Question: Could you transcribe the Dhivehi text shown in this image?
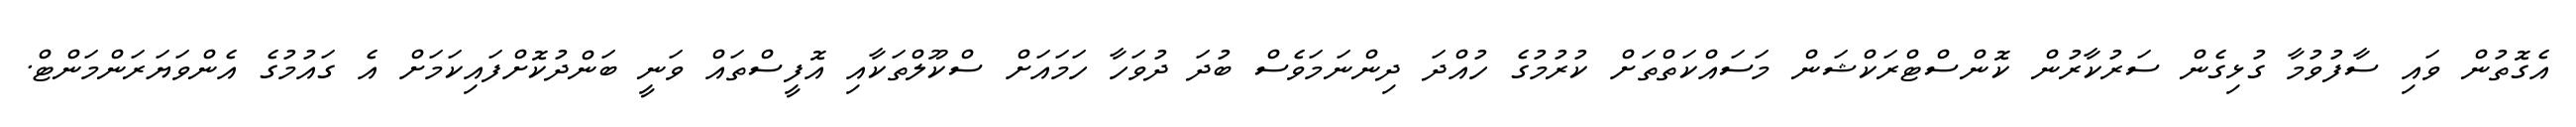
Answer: އެގޮތުން ވައި ސާފުވުމާ ގުޅިގެން ސަރުކާރުން ކޮންސްޓްރަކްޝަން މަސައްކަތްތަށް ކުރުމުގެ ހުއްދަ ދިންނަމަވެސް ބުދަ ދުވަހާ ހަމައަށް ސްކޫލްތަކާއި އޮފީސްތައް ވަނީ ބަންދުކޮށްފައިކަމަށް އެ ގައުމުގެ އެންވަޔަރަންމަންޓް.